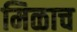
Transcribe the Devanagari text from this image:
मिळाच